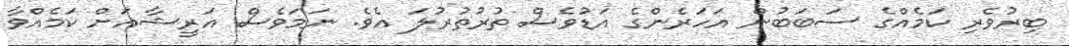
ބިރުވެރި ކަމެއްގެ ސަބަބުން އަހަރެންގެ އަޑުވެސް ތުރުތުރުލަ އެވެ. ނަމަވެސް އަރީޝާއަށް ކަމެއްވާ